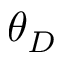
\theta _ { D }